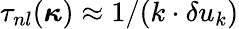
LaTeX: \tau_{nl}(\boldsymbol{\kappa})\approx 1/(k\cdot\delta u_{k})